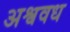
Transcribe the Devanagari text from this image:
अश्ववध